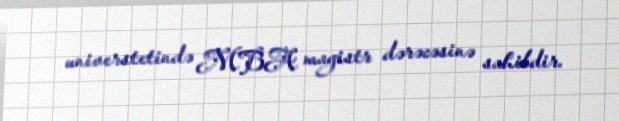
universtetində MBA magistr dərəcəsinə sahibdir.